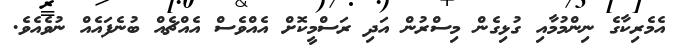
އެމެރިކާގެ ނިންމުމާއި ގުޅިގެން މިސްރުން އަދި ރަސްމީކޮށް އެއްވެސް އެއްޗެއް ބުނެފައެއް ނުވެއެވެ.